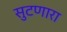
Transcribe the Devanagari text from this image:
सुटणारा